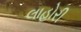
લાહોરી